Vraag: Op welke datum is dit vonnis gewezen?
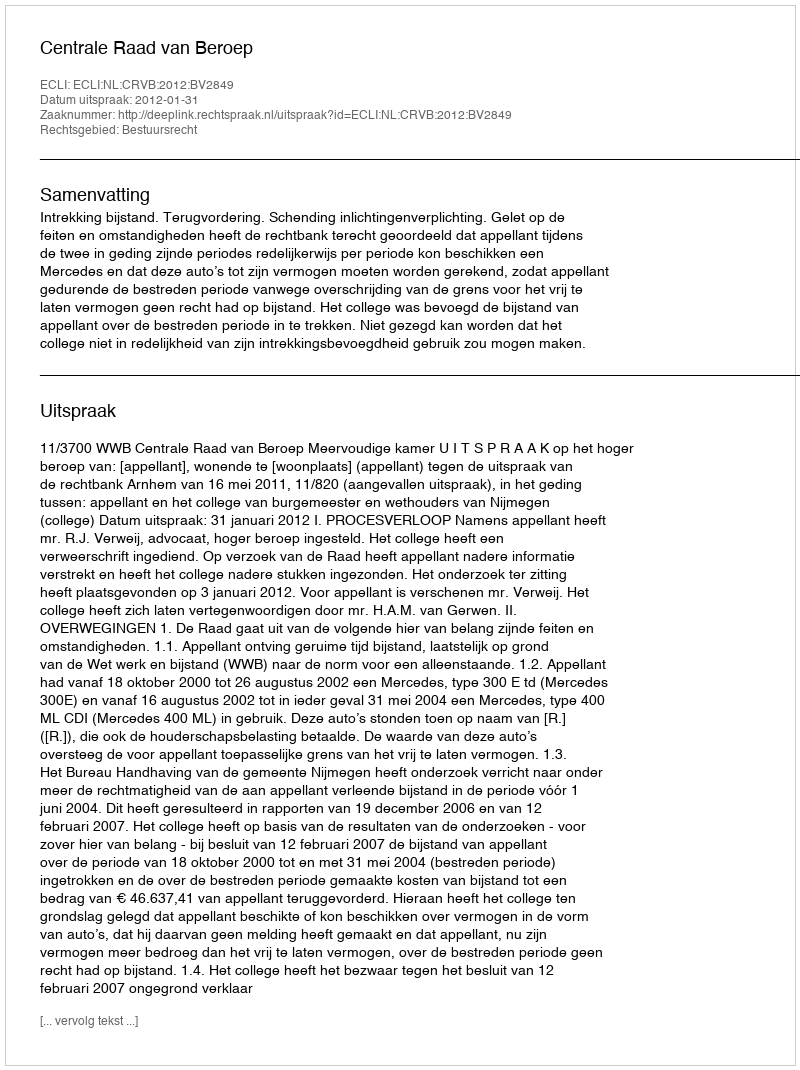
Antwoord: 2012-01-31